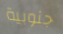
جنوبية